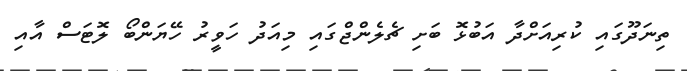
ތިނަދޫގައި ކުރިއަށްދާ އަބުޅޮ ބަށި ޗެލެންޖްގައި މިއަދު ހަވީރު ހޭޔަންބޯ ލޮޓަސް އާއި